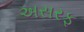
અસરફ